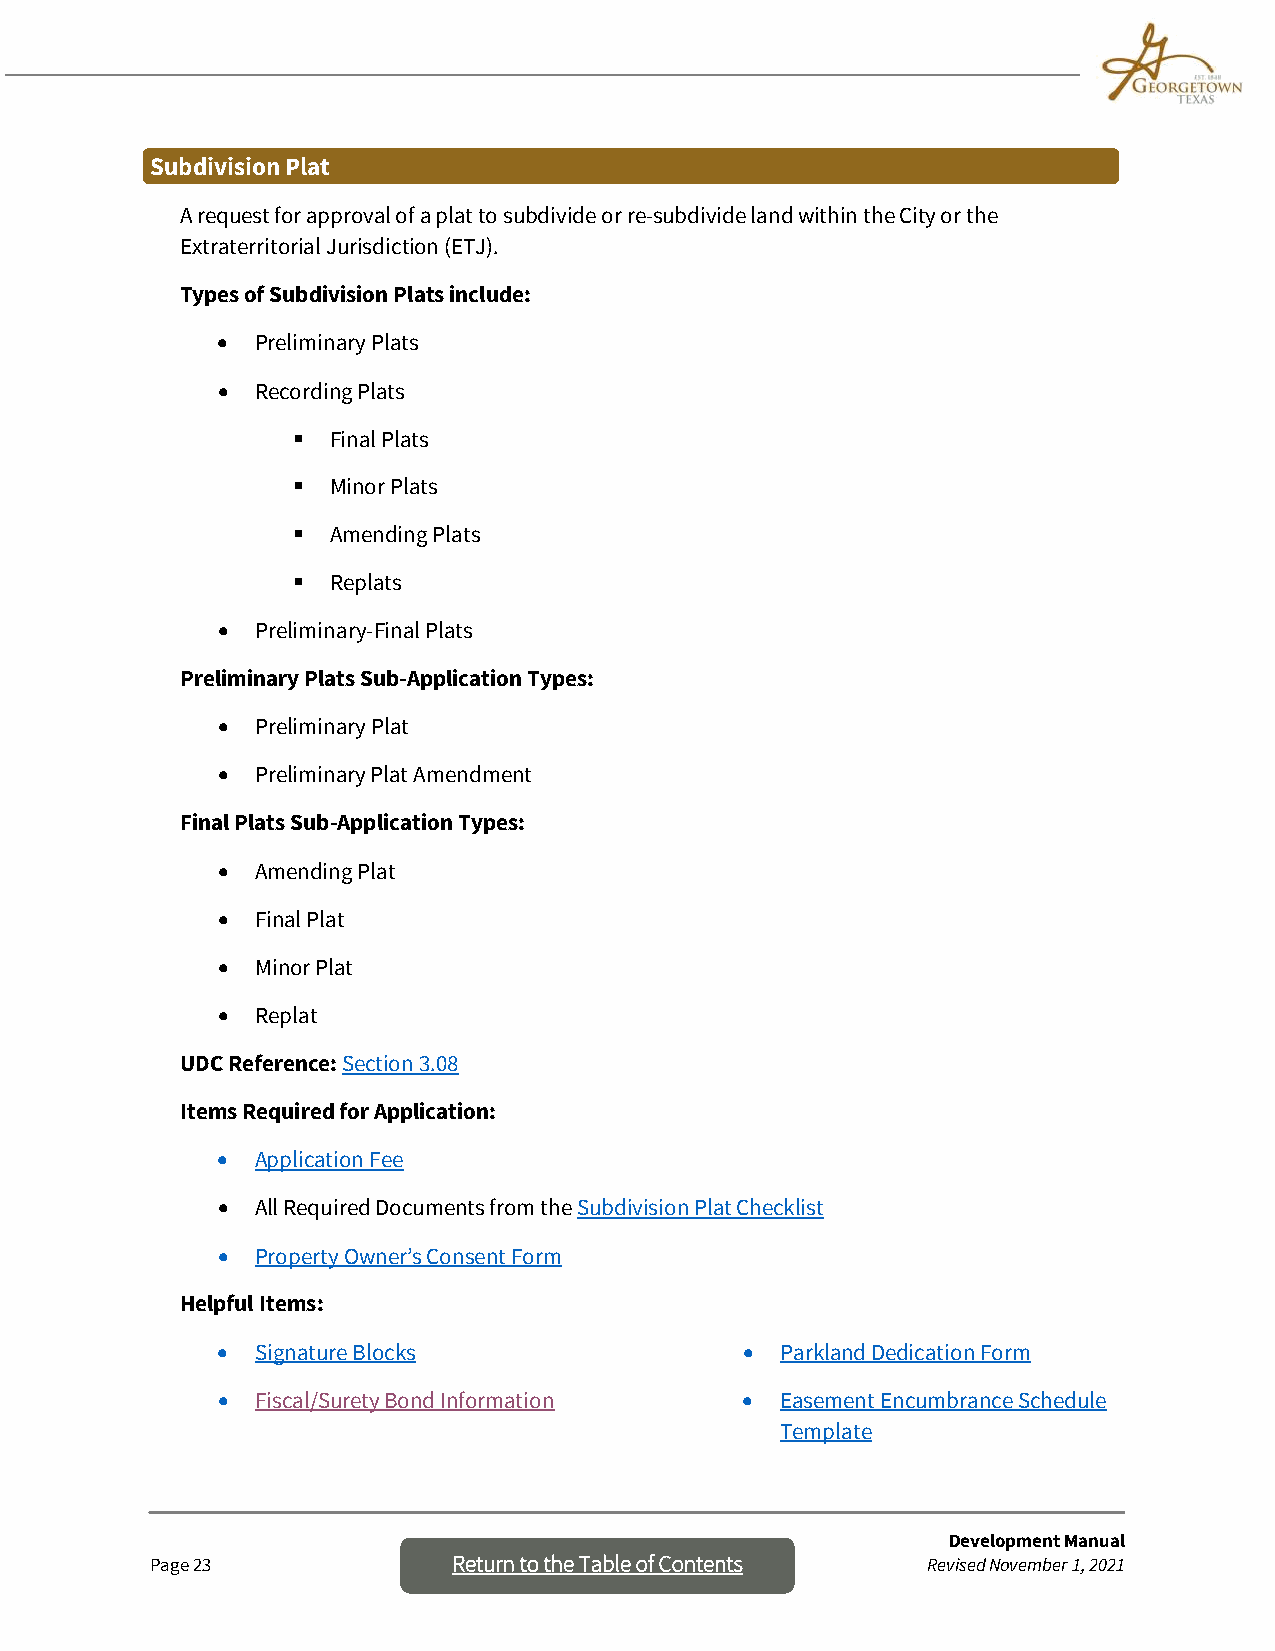
Subdivision Plat
 A request for approval of a plat to subdivide or re-subdivide land within the City or the
 Extraterritorial Jurisdiction (ETJ).
 Types of Subdivision Plats include:
 •  Preliminary Plats
 •  Recording Plats
   Final Plats
   Minor Plats
   Amending Plats
   Replats
 •  Preliminary-Final Plats
 Preliminary Plats Sub-Application Types:
 •  Preliminary Plat
 •  Preliminary Plat Amendment
 Final Plats Sub-Application Types:
 •  Amending Plat
 •  Final Plat
 •  Minor Plat
 •  Replat
 UDC Reference: Section 3.08
 Items Required for Application:
 •  Application Fee
 •  All Required Documents from the Subdivision Plat Checklist
 •  Property Owner’s Consent Form
 Helpful Items:
 •  Signature Blocks                •  Parkland Dedication Form
 •  Fiscal/Surety Bond Information  •  Easement Encumbrance Schedule
 Template
 Development Manual
 Page 23             Return to the Table o f Contents Revised November 1, 2021